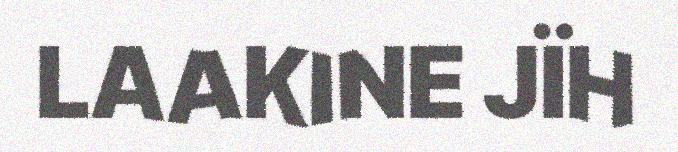
LAAKINE JÏH